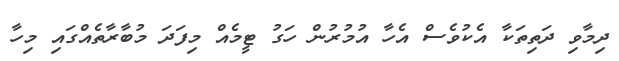
ދިމާވި ދަތިތަކާ އެކުވެސް އެހާ އުމުރުން ހަގު ޓީމެއް މިފަދަ މުބާރާތެއްގައި މިހާ